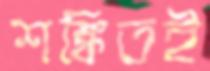
শঙ্কিতই